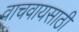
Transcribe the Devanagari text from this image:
वाचवायसाठी